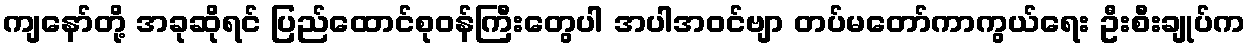
ကျနော်တို့ အခုဆိုရင် ပြည်ထောင်စုဝန်ကြီးတွေပါ အပါအဝင်ဗျာ တပ်မတော်ကာကွယ်ရေး ဦးစီးချုပ်က